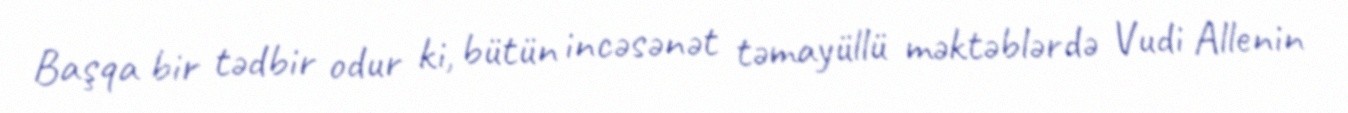
Başqa bir tədbir odur ki, bütün incəsənət təmayüllü məktəblərdə Vudi Allenin